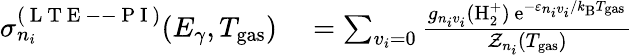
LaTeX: \begin{array}{rl}{\sigma_{n_{i}}^{(\mathrm{~L~T~E~--~P~I~})}(E_{\gamma},T_{\mathrm{gas}})}&{{}=\sum_{v_{i}=0}\frac{g_{n_{i}v_{i}}(\mathrm{H}_{2}^{+})\, \mathrm{e}^{-\varepsilon_{n_{i}v_{i}}/k_{\mathrm{B}}T_{\mathrm{gas}}}}{\mathcal{Z}_{n_{i}}(T_{\mathrm{gas}})}}\end{array}